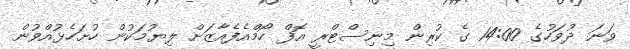
ވަނަ ދުވަހުގެ 14:00 ގެ ކުރިން މިނިސްޓްރީ އޮފް ހޯމްއެފެއާޒަށް ލިޔުމަކުން ހުށަހެޅުއްވުން